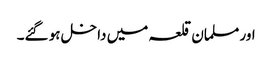
اور مسلمان قلعہ میں داخل ہو گئے۔